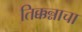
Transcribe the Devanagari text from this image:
तिक्कन्नाचा